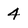
Character: 4